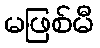
မဖြစ်မီ